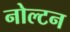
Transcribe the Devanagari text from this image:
नोल्टन